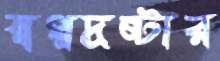
স্বপ্নদ্রষ্টার